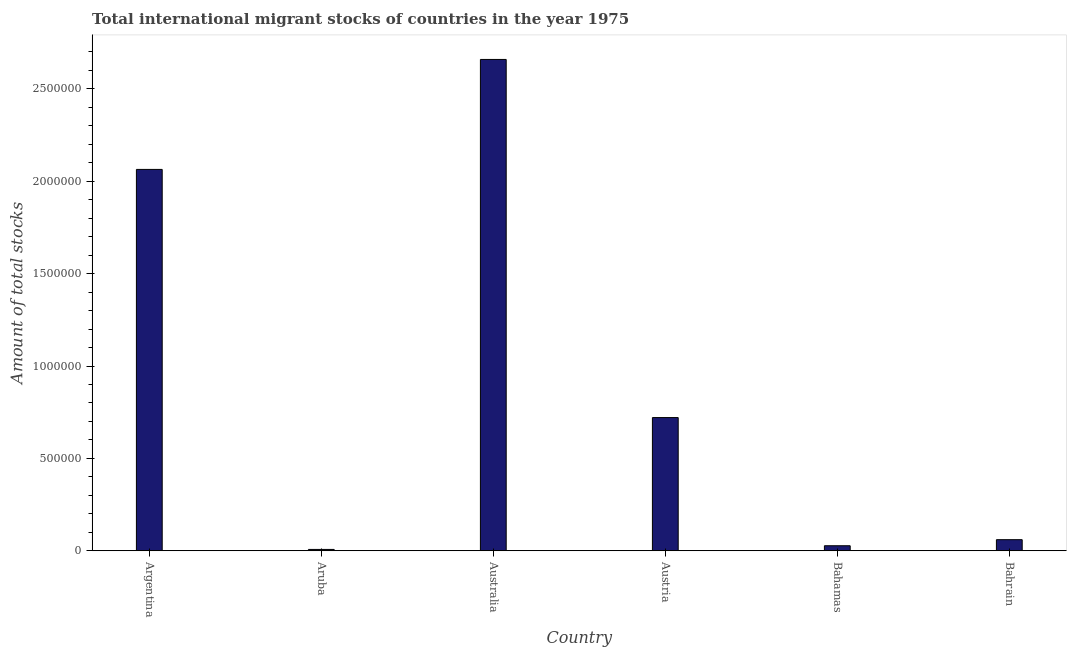
| Country | International migrant stock |
 | --- | --- |
 | Argentina | 2.06e+06 |
 | Aruba | 7.26e+03 |
 | Australia | 2.66e+06 |
 | Austria | 7.21e+05 |
 | Bahamas | 2.72e+04 |
 | Bahrain | 6.01e+04 |